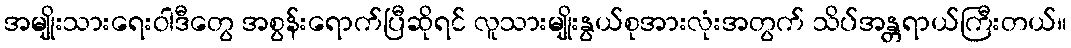
အမျိုးသားရေးဝါဒီတွေ အစွန်းရောက်ပြီဆိုရင် လူသားမျိုးနွယ်စုအားလုံးအတွက် သိပ်အန္တရာယ်ကြီးတယ်။